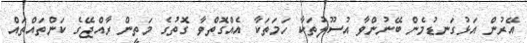
އޭރުން އަޅުގަނޑުމެން ބޭނުންވާ އުސޫލުތަކާ ހަމަތަކާ އެއްގޮތްވާ ގޮތުގެ މަތީން ރާއްޖޭގެ ކަންތައްތައް